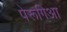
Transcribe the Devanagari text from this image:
पेरूगिआ